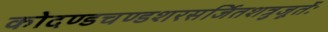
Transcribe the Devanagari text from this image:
कोदण्डचण्डशरसर्जितशत्रुजूर्तेः